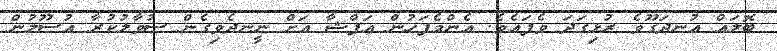
ބޮލައް އުނދަގޫވެ ރުޅިގަދަ ވެފައެވެ. އެންމެފަހުން އަފްޝާ އަށް ނީނދެވިގެން ސުވާލުކުރާ އުސޫލުން